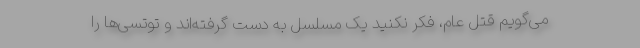
می‌گویم قتل عام، فکر نکنید یک مسلسل به دست گرفته‌اند و توتسی‌ها را